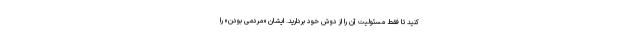
کنید تا فقط مسئولیت آن را از دوش خود بردارید. ایشان «مردمی بودن» را